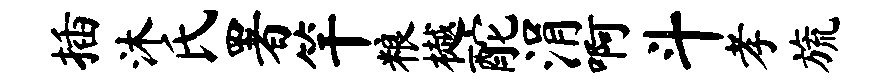
插沐氏署竿粮樾酡涓啊斗孝旒